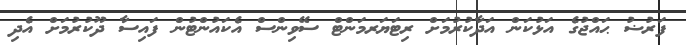
ފަރުޟު ޙައްޖުގެ އަޅުކަން އަދާކުރުމަށް ރިޓަޔަރމަންޓް ސޭވިންސް އެކައުންޓުން ފައިސާ ދޫކުރުމަށް އެދި